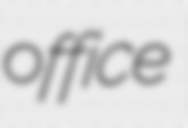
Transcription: office